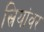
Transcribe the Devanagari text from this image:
स्रियांवर